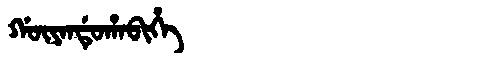
Manchu: ᡤᡡᠶᠠᠨᡩᡠᡥᠠᠪᡳᡥᡝ
Romanization: GŪYANDUHABIHE